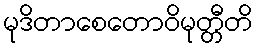
မုဒိတာစေတောဝိမုတ္တီတိ